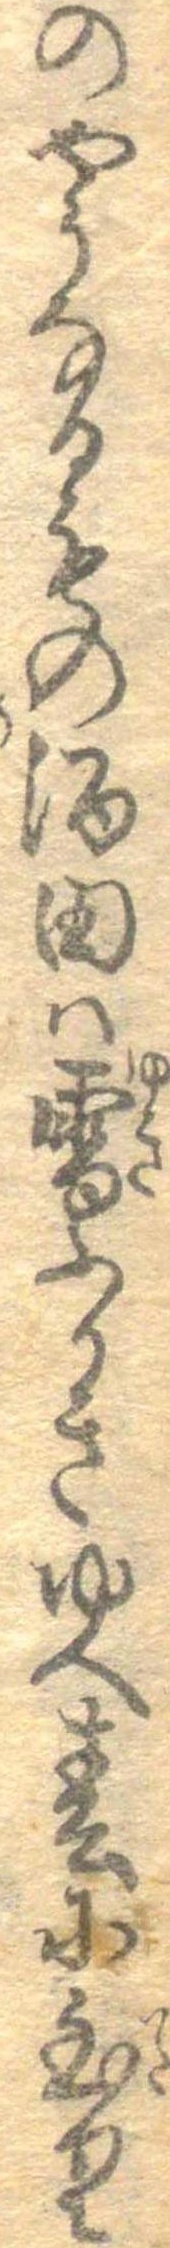
のやうなるもの酒田は雪ふかきゆへ春に至り